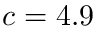
c = 4 . 9